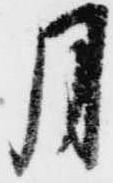
月